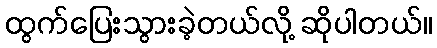
ထွက်ပြေးသွားခဲ့တယ်လို့ ဆိုပါတယ်။